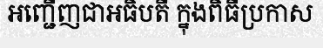
អញ្ជើញជាអធិបតី ក្នុងពិធីប្រកាស